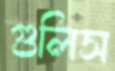
গুলিস